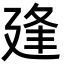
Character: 𢌢